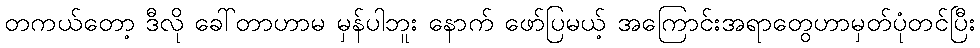
တကယ်တော့ ဒီလို ခေါ်တာဟာမ မှန်ပါဘူး နောက် ဖော်ပြမယ့် အကြောင်းအရာတွေဟာမှတ်ပုံတင်ပြီး